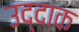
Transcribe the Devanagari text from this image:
उद्दाक